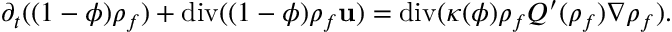
\partial _ { t } ( ( 1 - \phi ) { \rho } _ { f } ) + \mathrm { d i v } ( ( 1 - \phi ) { \rho } _ { f } { \bf u } ) = \mathrm { d i v } ( \kappa ( \phi ) { \rho } _ { f } { Q } ^ { \prime } ( { \rho } _ { f } ) \nabla { \rho } _ { f } ) .